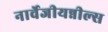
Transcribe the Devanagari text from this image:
नार्वेजीयन्नील्स